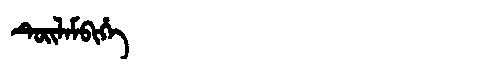
Manchu: ᡨᡠᡳᠯᠠᠮᠪᡳᡥᡝ
Romanization: TUILAMBIHE